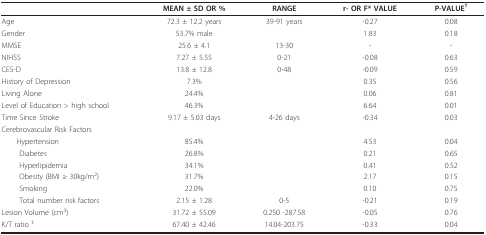
<table><thead><tr><td>[EMPTY_CELL]</td><td><b>MEAN ± SD OR %</b></td><td><b>RANGE</b></td><td><b>r- OR F* VALUE</b></td><td><b>P-VALUE<sup>†</sup></b></td></tr></thead><tbody><tr><td>Age</td><td>72.3 ± 12.2 years</td><td>39-91 years</td><td>-0.27</td><td>0.08</td></tr><tr><td>Gender</td><td>53.7% male</td><td>[EMPTY_CELL]</td><td>1.83</td><td>0.18</td></tr><tr><td>MMSE</td><td>25.6 ± 4.1</td><td>13-30</td><td>-</td><td>-</td></tr><tr><td>NIHSS</td><td>7.27 ± 5.55</td><td>0-21</td><td>-0.08</td><td>0.63</td></tr><tr><td>CES-D</td><td>13.8 ± 12.8</td><td>0-48</td><td>-0.09</td><td>0.59</td></tr><tr><td>History of Depression</td><td>7.3%</td><td>[EMPTY_CELL]</td><td>0.35</td><td>0.56</td></tr><tr><td>Living Alone</td><td>24.4%</td><td>[EMPTY_CELL]</td><td>0.06</td><td>0.81</td></tr><tr><td>Level of Education &gt; high school</td><td>46.3%</td><td>[EMPTY_CELL]</td><td>6.64</td><td>0.01</td></tr><tr><td>Time Since Stroke</td><td>9.17 ± 5.03 days</td><td>4-26 days</td><td>-0.34</td><td>0.03</td></tr><tr><td>Cerebrovascular Risk Factors</td><td>[EMPTY_CELL]</td><td>[EMPTY_CELL]</td><td>[EMPTY_CELL]</td><td>[EMPTY_CELL]</td></tr><tr><td> Hypertension</td><td>85.4%</td><td>[EMPTY_CELL]</td><td>4.53</td><td>0.04</td></tr><tr><td>Diabetes</td><td>26.8%</td><td>[EMPTY_CELL]</td><td>0.21</td><td>0.65</td></tr><tr><td>Hyperlipidemia</td><td>34.1%</td><td>[EMPTY_CELL]</td><td>0.41</td><td>0.52</td></tr><tr><td>Obesity (BMI ≥ 30kg/m<sup>2</sup>)</td><td>31.7%</td><td>[EMPTY_CELL]</td><td>2.17</td><td>0.15</td></tr><tr><td>Smoking</td><td>22.0%</td><td>[EMPTY_CELL]</td><td>0.10</td><td>0.75</td></tr><tr><td>Total number risk factors</td><td>2.15 ± 1.28</td><td>0-5</td><td>-0.21</td><td>0.19</td></tr><tr><td>Lesion Volume (cm<sup>3</sup>)</td><td>31.72 ± 55.09</td><td>0.250 -287.58</td><td>-0.05</td><td>0.76</td></tr><tr><td>K/T ratio <sup>‡</sup></td><td>67.40 ± 42.46 </td><td>14.04-203.75</td><td>-0.33</td><td>0.04</td></tr></tbody></table>